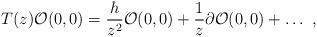
LaTeX: \begin{align*}T(z) {\cal O}(0,0) = \frac{h}{z^2} {\cal O}(0,0)+ \frac{1}{z} \partial {\cal O}(0,0) + \ldots \ , \end{align*}